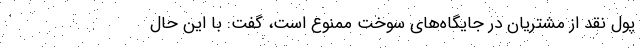
پول نقد از مشتریان در جایگاه‌های سوخت ممنوع است، گفت: با این حال